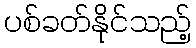
ပစ်ခတ်နိုင်သည့်